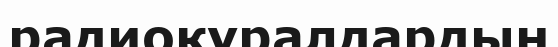
радиоқұралдардың